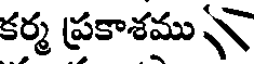
కర్మ ప్రకాశము